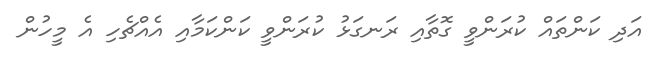
އަދި ކަންތައް ކުރަންވީ ގޮތާއި ރަނގަޅު ކުރަންވީ ކަންކަމާއި އެއްޗެހި އެ މީހުން